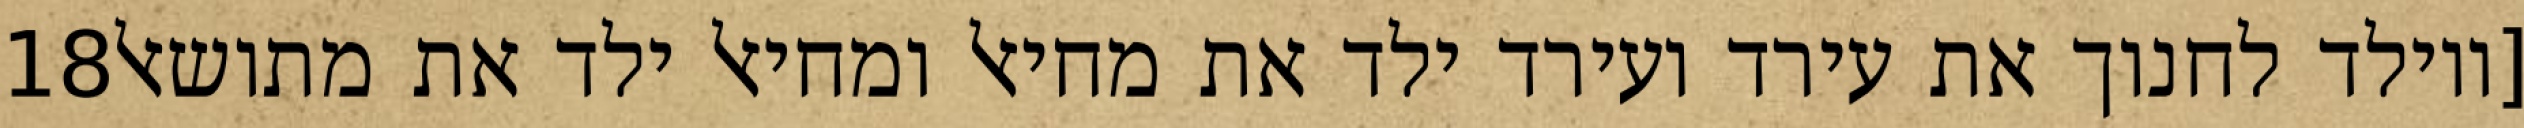
‎18‏ [ויולד לחנוך את עירד ועירד ילד את מחיאל ומחיאל ילד את מתושאל